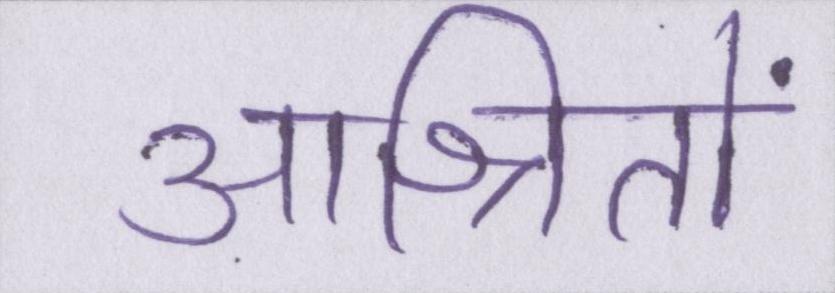
आश्रितों